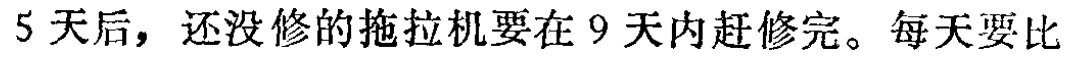
5天后，还没修的拖拉机要在9天内赶修完。每天要比